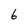
Character: 6